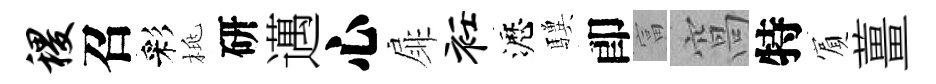
稷召彩桃研邁心扉衽瀝驥卽富窩特賔薑